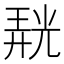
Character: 𭚙